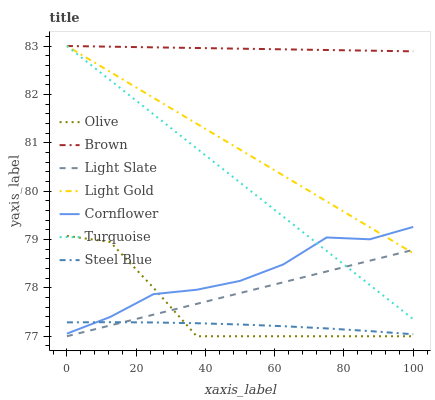
| xaxis_label | Olive | Brown | Light Slate | Light Gold | Cornflower | Turquoise | Steel Blue |
 | --- | --- | --- | --- | --- | --- | --- | --- |
 | 0 | 79.1 | 83 | 77 | 83 | 77.1 | 83 | 77.3 |
 | 12.5 | 78.9 | 83 | 77.2 | 82.5 | 77.4 | 82.3 | 77.3 |
 | 25 | 78 | 83 | 77.4 | 81.9 | 77.9 | 81.6 | 77.3 |
 | 37.5 | 77 | 83 | 77.7 | 81.4 | 78 | 80.9 | 77.3 |
 | 50 | 77 | 82.9 | 77.9 | 80.9 | 78.1 | 80.2 | 77.2 |
 | 62.5 | 77 | 82.9 | 78.1 | 80.3 | 78.5 | 79.5 | 77.2 |
 | 75 | 77 | 82.9 | 78.3 | 79.8 | 79 | 78.8 | 77.2 |
 | 87.5 | 77 | 82.9 | 78.6 | 79.3 | 79 | 78.1 | 77.1 |
 | 100 | 77 | 82.9 | 78.8 | 78.7 | 79.3 | 77.4 | 77 |